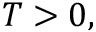
T > 0 ,